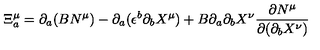
\Xi _ { a } ^ { \mu } = \partial _ { a } ( B N ^ { \mu } ) - \partial _ { a } ( \epsilon ^ { b } \partial _ { b } X ^ { \mu } ) + B \partial _ { a } \partial _ { b } X ^ { \nu } \frac { \partial N ^ { \mu } } { \partial ( \partial _ { b } X ^ { \nu } ) }